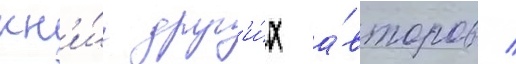
кн'и́г друг'и́х а́второв /